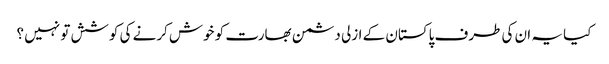
کیا یہ ان کی طرف پاکستان کے ازلی دشمن بھارت کو خوش کرنے کی کوشش تو نہیں ؟